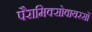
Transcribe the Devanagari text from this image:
पैरामिक्सोवायरसों